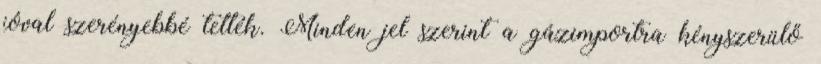
jóval szerényebbé tették. Minden jel szerint a gázimportra kényszerülő